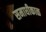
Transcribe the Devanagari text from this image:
समाधीकाळ